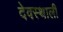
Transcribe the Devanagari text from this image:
देवस्थाली